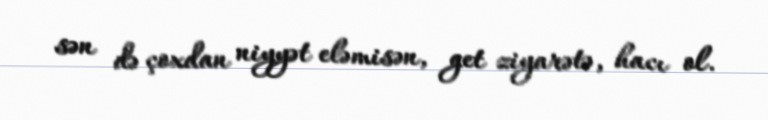
sən də çoxdan niyyət eləmisən, get ziyarətə, hacı ol.